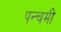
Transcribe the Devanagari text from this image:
पन्चमी